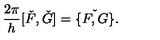
\frac { 2 \pi } { h } [ \check { F } , \check { G } ] = \check { \{ F , G \} } .